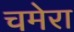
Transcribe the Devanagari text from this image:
चमेरा